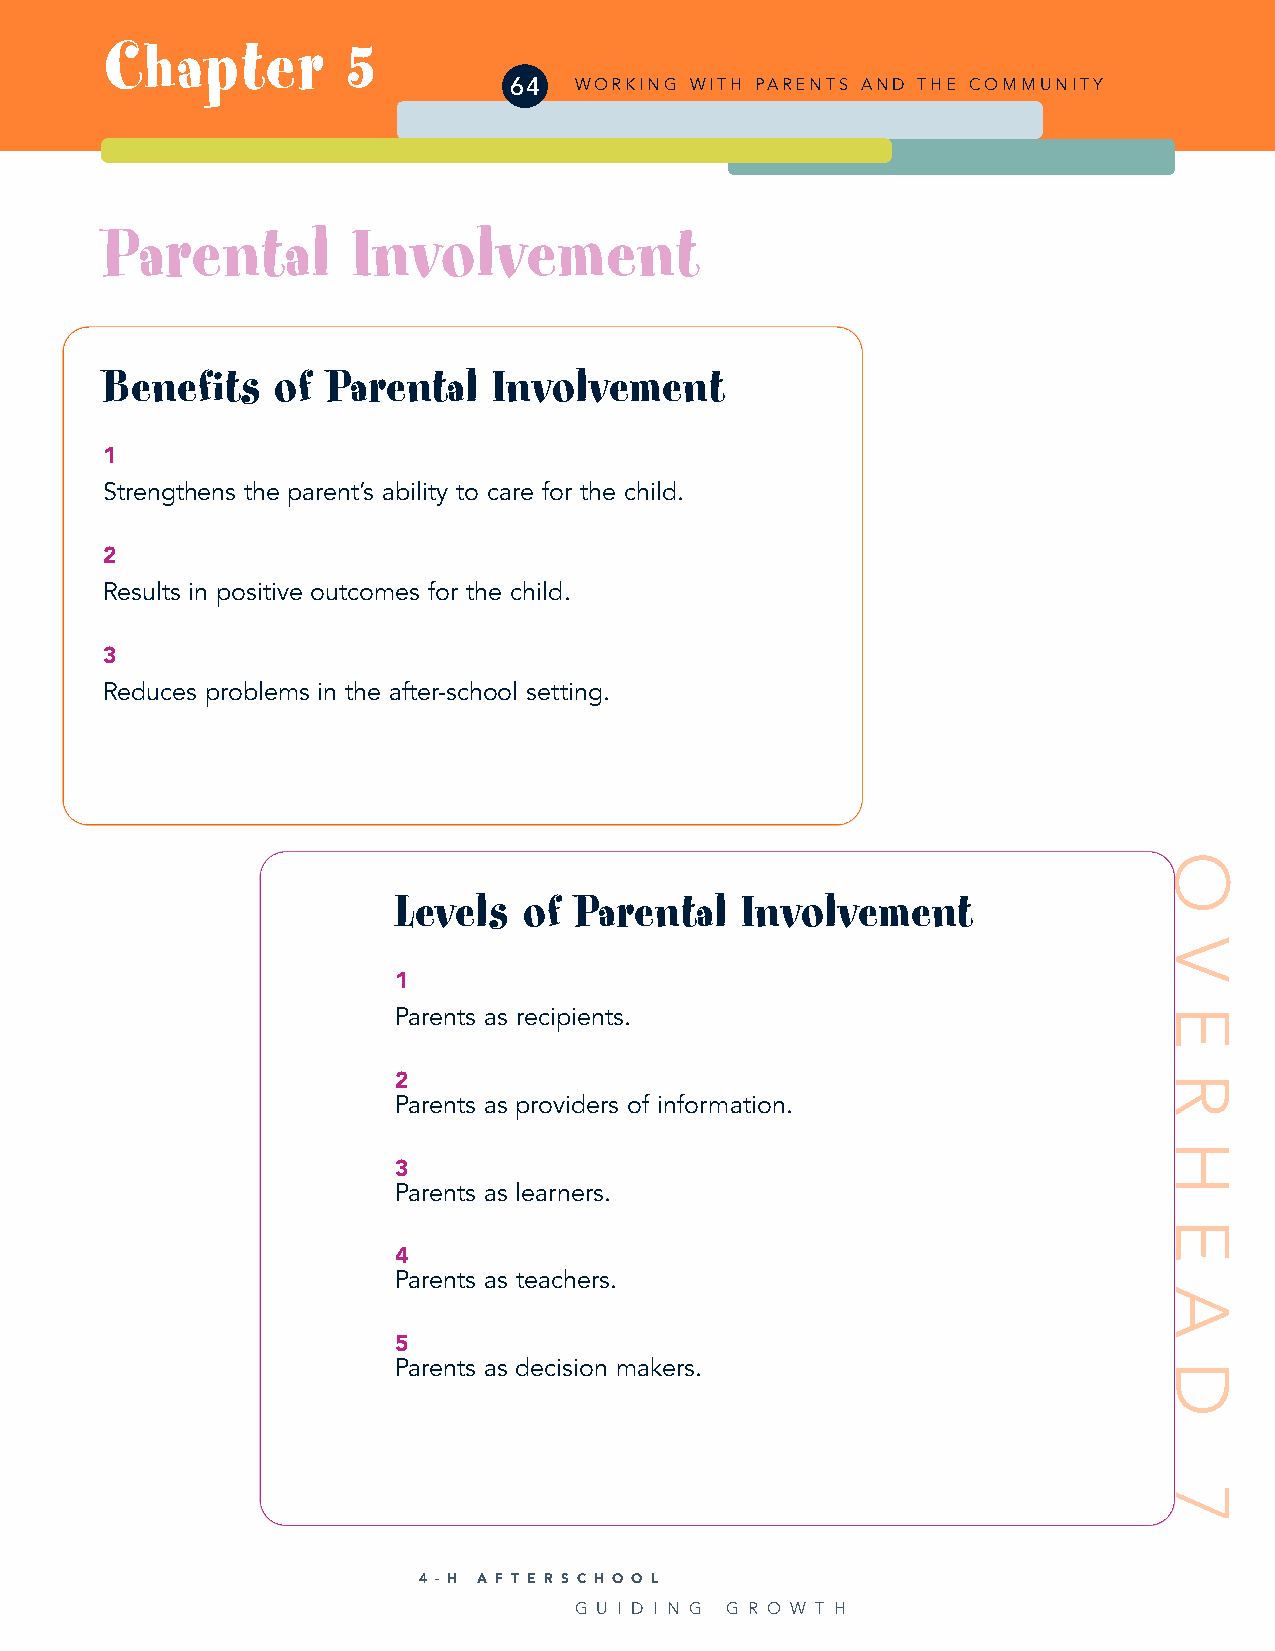
Chapter         5
 64  WORKING WITH PARENTS AND THE COMMUNITY
 Parental        Involvement
 Benefits   of  Parental   Involvement
 1
 Strengthens the parent’s ability to care for the child.
 2
 Results in positive outcomes for the child.
 3
 Reduces problems in the after-school setting.
 Levels   of Parental   Involvement
 1
 Parents as recipients.
 2
 Parents as providers of information.
 3
 Parents as learners.
 4
 Parents as teachers.
 5
 Parents as decision makers.
 4 - H A F T E R S C H O O L
 G U I D I N G G R O W T H
 O
 V
 E
 R
 H
 E
 A
 D
 7